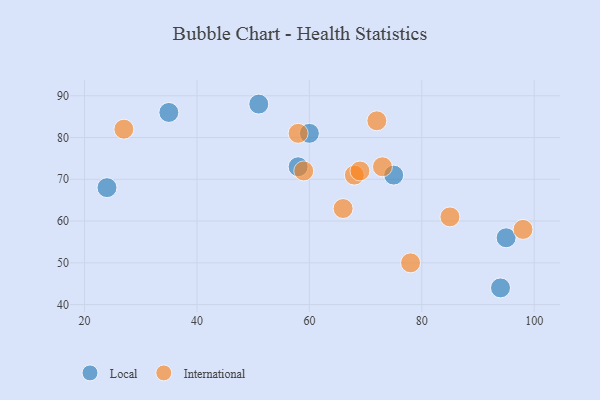
{"axis": {"x": "GDP", "y": "Life Expectancy"}, "legend": ["International", "Local"], "data": [{"x": "24", "y": 68, "type": "Local"}, {"x": "35", "y": 86, "type": "Local"}, {"x": "51", "y": 88, "type": "Local"}, {"x": "94", "y": 44, "type": "Local"}, {"x": "95", "y": 56, "type": "Local"}, {"x": "75", "y": 71, "type": "Local"}, {"x": "58", "y": 73, "type": "Local"}, {"x": "60", "y": 81, "type": "Local"}, {"x": "68", "y": 71, "type": "International"}, {"x": "66", "y": 63, "type": "International"}, {"x": "73", "y": 73, "type": "International"}, {"x": "69", "y": 72, "type": "International"}, {"x": "72", "y": 84, "type": "International"}, {"x": "27", "y": 82, "type": "International"}, {"x": "59", "y": 72, "type": "International"}, {"x": "78", "y": 50, "type": "International"}, {"x": "85", "y": 61, "type": "International"}, {"x": "58", "y": 81, "type": "International"}, {"x": "98", "y": 58, "type": "International"}]}